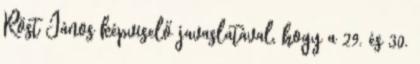
Röst János képviselő javaslatával, hogy a 29. és 30.